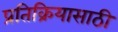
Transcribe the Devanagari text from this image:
प्रतिक्रियासाठी